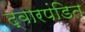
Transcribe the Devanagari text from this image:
द्वारपंडित